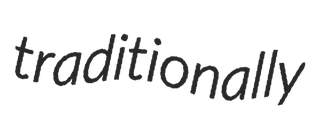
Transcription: traditionally